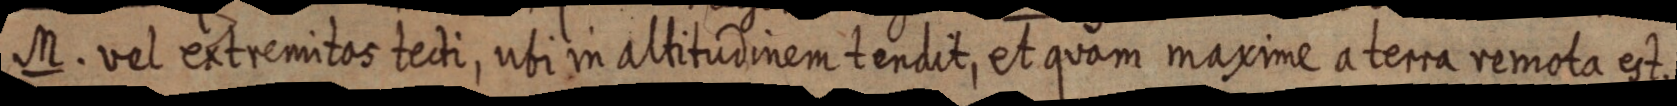
M. vel extremitas tecti, ubi in altitudinem tendit, et quam maxime a terra remota est.